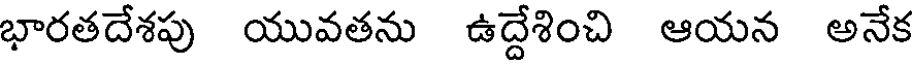
భారతదేశపు యువతను ఉద్దేశించి ఆయన అనేక